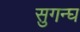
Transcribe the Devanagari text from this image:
सुगन्घ